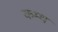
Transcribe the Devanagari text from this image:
कम्थ